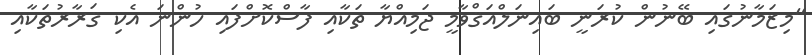
"މިޒަމާނުގައި ބޭނުން ކުރަނީ ބައިނަލްއަޤްވާމީ ޖަމިއްޔާ ތަކާއި ފާސްކޮށްފައި ހުންނަ އެކި ޤަރާރުތަކާއި